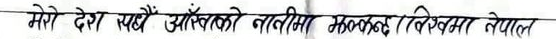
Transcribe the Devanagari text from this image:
मेरो देश सबै आँखाको नानीमा झल्किने नेपाल